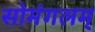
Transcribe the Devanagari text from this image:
सोमंगलम्